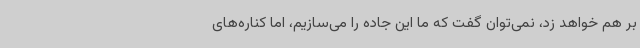
بر هم خواهد زد، نمی‌توان گفت که ما این جاده را می‌سازیم، اما کناره‌های